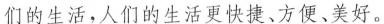
们的生活，人们的生活更快捷、方便、美好。